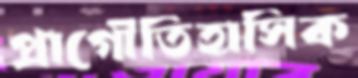
প্রাগৌতিহাসিক